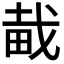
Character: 𤱱